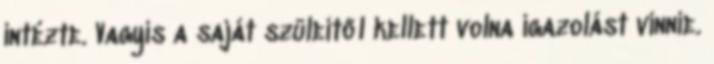
intézte. Vagyis a saját szüleitől kellett volna igazolást vinnie.